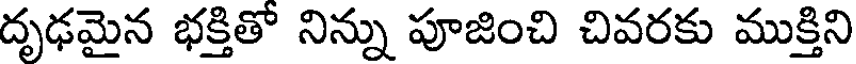
దృఢమైన భక్తితో నిన్ను పూజించి చివరకు ముక్తిని